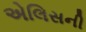
એલિસની